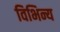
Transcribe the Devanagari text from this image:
विभिन्य